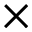
\times